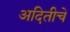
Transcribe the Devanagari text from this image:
अदितीचे